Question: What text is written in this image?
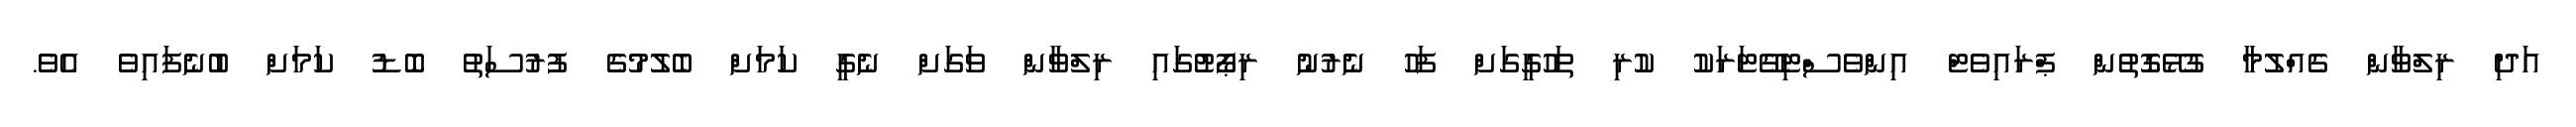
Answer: އަދި ރިލްވާން ގެއްލުމާ ގުޅޭގޮތުން ޕްރައިވެޓް އިންވެސްޓިގޭޓަރަކު ކުރި ތަހުގީގަށް ފަހު ނެރުނު ރިޕޯޓުގައި ރިލްވާން ވަގަށް ނެގީ ކަމަށް ބެލުމުގެ ފުރުސަތު ބޮޑު ކަމަށް ބުނެފައިވެ އެވެ.